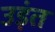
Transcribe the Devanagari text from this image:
उड़ंत